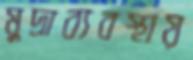
মুদ্রাব্যবস্থায়